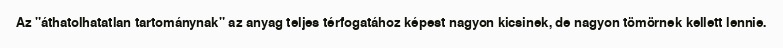
Az "áthatolhatatlan tartománynak" az anyag teljes térfogatához képest nagyon kicsinek, de nagyon tömörnek kellett lennie.